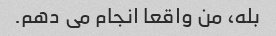
بله، من واقعا انجام می دهم.